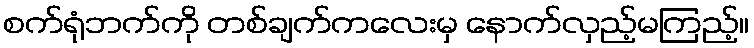
စက်ရုံဘက်ကို တစ်ချက်ကလေးမှ နောက်လှည့်မကြည့်။